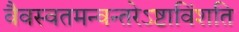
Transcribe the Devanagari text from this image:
वैवस्वतमन्वन्तरेऽष्टाविंशति